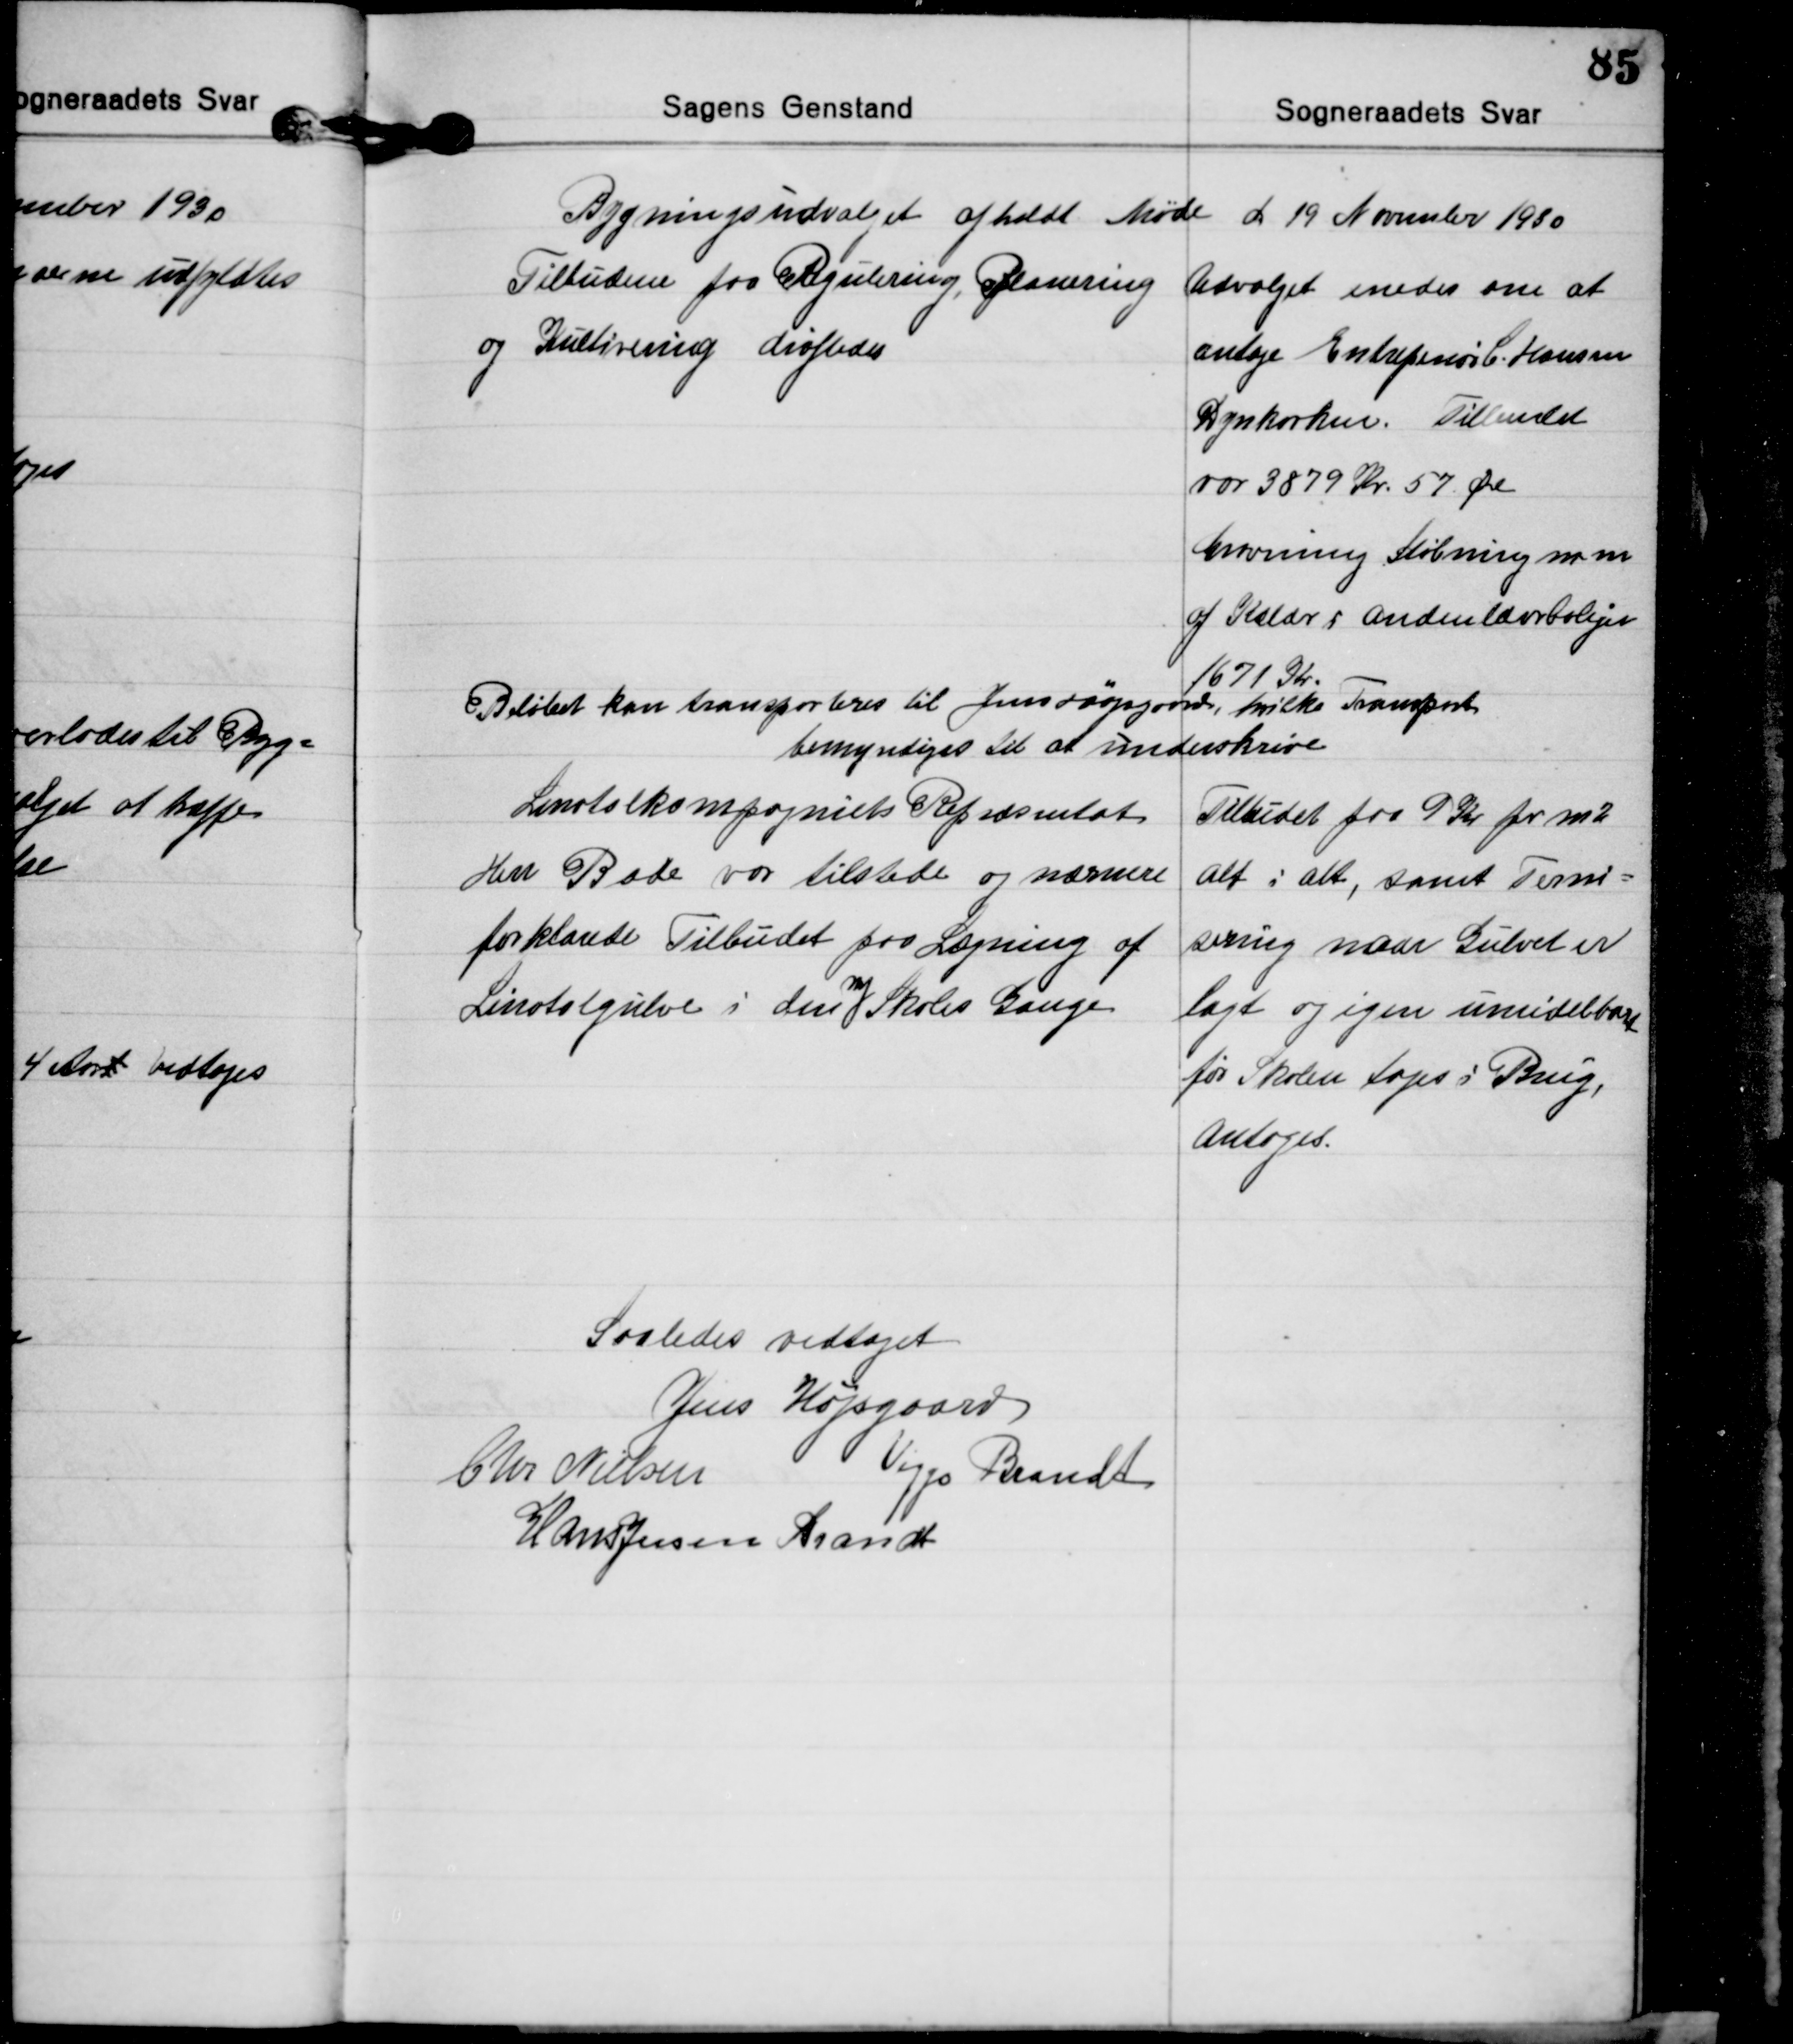
Transskription:
Bygningsudvalget afholdt Møde d. 19 November 1930

Tilbudene paa Regulering, Planering
og Kultivering drøftedes
Udvalget enedes om at
antage Entrepenør C. Hansen
Dynkarken. Tilbudet
var 3879 Kr. 57 Øre
Gravning Støbning m m
af Kælder i Andenlærerboligen
1671 Kr.
Beløbet kan transporteres til Jens Højsgaard, hvilke Transport
bemyndiges til at underskrive

Linotolkompagniets Repræsentat
Herr Bade var tilstede og nærmere
forklarede Tilbudet paa Lægning af
Linotolgulve i den 
ny
Skoles Gange
Tilbudet paa 9 Kr pr m2
alt i alt, samt Ferni=
sering naar Gulvet er
lagt og igen umidelbart
før Skolen tages i Brug,
Antoges.

Saaledes vedtaget
Jens Højsgaard
Chr. Nielsen
Viggo Brandt
Hans Jessen Brandt